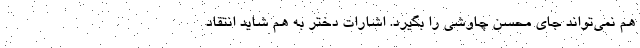
هم نمی‌تواند جای محسن چاوشی را بگیرد. اشارات دختر به هم شاید انتقاد